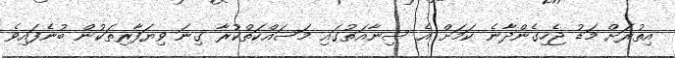
އިތުރަށް މަޑު ޖެހިގެންދާނެ ކަމަށް އެ ސިނާއަތުގައި މަސައްކަތްކުރާ ގިނަ ވިޔަފާރިތަކުން ބުނެފައިވެ